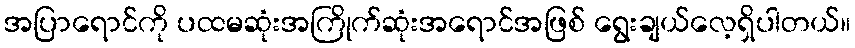
အပြာရောင်ကို ပထမဆုံးအကြိုက်ဆုံးအရောင်အဖြစ် ရွေးချယ်လေ့ရှိပါတယ်။